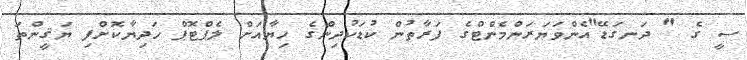
ސީ ގެ " ދަނގަޑޭ"އެންވަޔަރަންމެންޓްގެ ފަރާތުން ކުޑަކުދިންގެ ހިޔާއަށް ލެޕްޓޮޕް ހަދިޔާކޮށްފި ޔަޤީންތަ